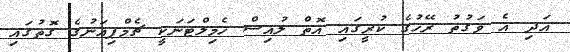
އަދި އެ ވަގުތު ރޭހުގެ ކުރީގައި އޮތް ލުއިސް ހެމިލްޓަނަކީ ޗެމްޕިއަނުގެ ގޮތުގައި